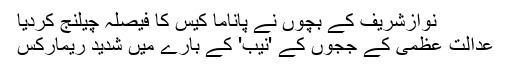
نوازشریف کے بچوں نے پاناما کیس کا فیصلہ چیلنج کردیا
عدالت عظمیٰ کے ججوں کے 'نیب' کے بارے میں شدید ریمارکس